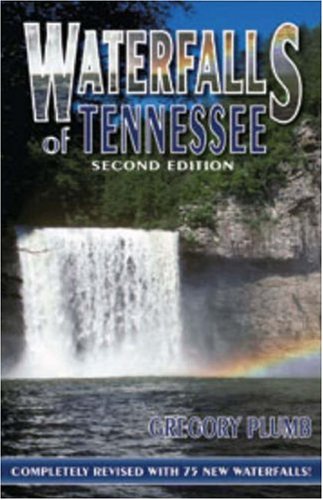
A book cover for Waterfalls of Tennessee; Gregory Plumb; Travel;